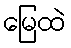
မြေထဲ